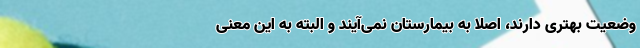
وضعیت بهتری دارند، اصلا به بیمارستان نمی‌آیند و البته به این معنی